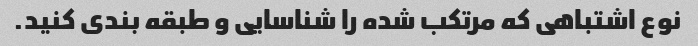
نوع اشتباهی که مرتکب شده را شناسایی و طبقه بندی کنید.